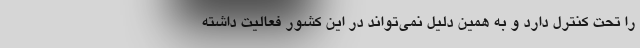
را تحت کنترل دارد و به همین دلیل نمی‌تواند در این کشور فعالیت داشته